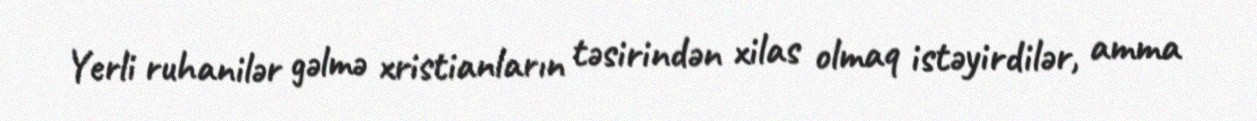
Yerli ruhanilər gəlmə xristianların təsirindən xilas olmaq istəyirdilər, amma